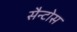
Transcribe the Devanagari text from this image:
सैन्टोस